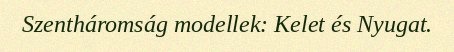
Szentháromság modellek: Kelet és Nyugat.